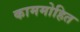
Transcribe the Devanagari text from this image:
काममोहित